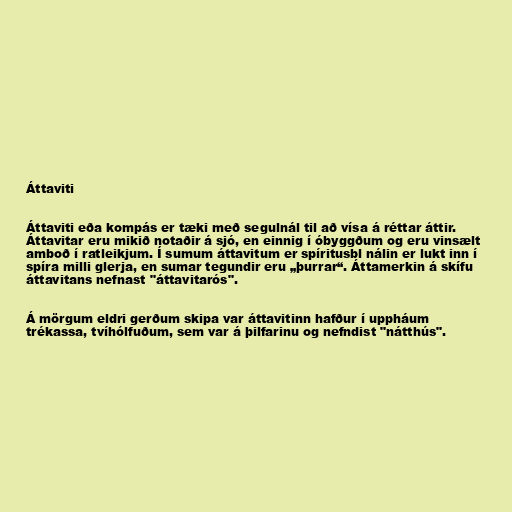
Áttaviti

Áttaviti eða kompás er tæki með segulnál til að vísa á réttar áttir.
Áttavitar eru mikið notaðir á sjó, en einnig í óbyggðum og eru vinsælt
amboð í ratleikjum. Í sumum áttavitum er spíritusbl nálin er lukt inn í
spíra milli glerja, en sumar tegundir eru „þurrar“. Áttamerkin á skífu
áttavitans nefnast "áttavitarós".

Á mörgum eldri gerðum skipa var áttavitinn hafður í uppháum
trékassa, tvíhólfuðum, sem var á þilfarinu og nefndist "nátthús".